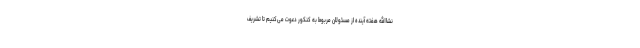
نشاالله هفته آینده از مسئولان مربوط به کنکور دعوت می‌کنیم تا تشریف